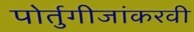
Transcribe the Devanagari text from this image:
पोर्तुगीजांकरवी